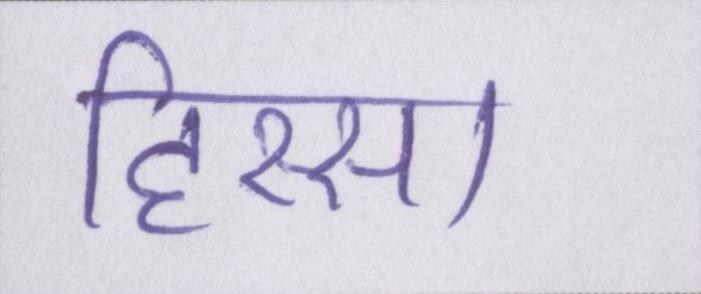
हिस्सा